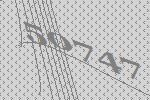
50747